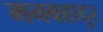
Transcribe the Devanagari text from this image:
मनबहादुर